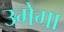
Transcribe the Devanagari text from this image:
उमेगा